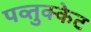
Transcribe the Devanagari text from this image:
पव्तुक्केट